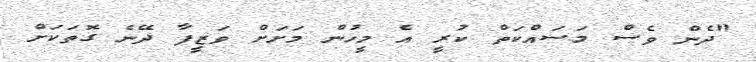
"ދެން ވެސް މަސައްކަތް ކުރީ އެ މީހުން މަށަށް ވަޒީފާ ދޭނެ ގޮތަކަށް